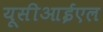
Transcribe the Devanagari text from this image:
यूसीआईएल